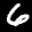
Label: 6